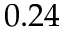
0 . 2 4